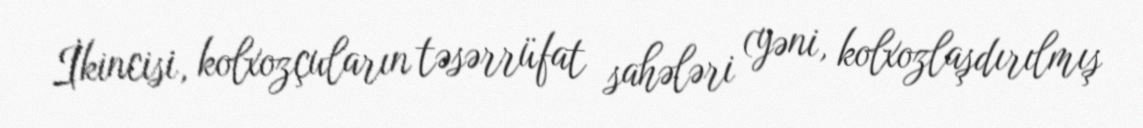
İkincisi, kolxozçuların təsərrüfat sahələri (yəni, kolxozlaşdırılmış